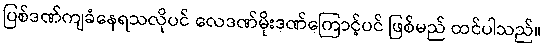
ပြစ်ဒဏ်ကျခံနေရသလိုပင် လေဒဏ်မိုးဒဏ်ကြောင့်ပင် ဖြစ်မည် ထင်ပါသည်။